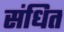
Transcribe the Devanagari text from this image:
संधित